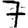
Digit: 7